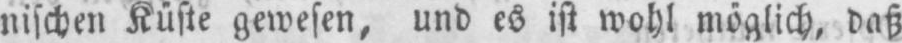
nischen Küste gewesen, und es ist wohl möglich, daß